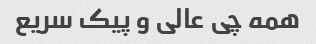
همه چی عالی و پیک سریع